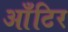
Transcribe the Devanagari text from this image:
आँटिर